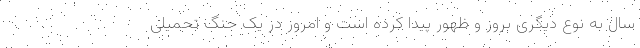
سال به نوع دیگری بروز و ظهور پیدا کرده است و امروز در یک جنگ تحمیلی